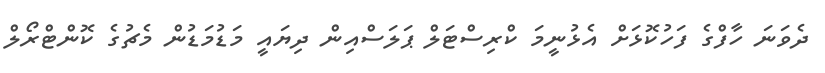
ދެވަނަ ހާފްގެ ފަހުކޮޅަށް އެޅުނީމަ ކްރިސްޓަލް ޕަލަސްއިން ދިޔައީ މަޑުމަޑުން މެޗުގެ ކޮންޓްރޯލް